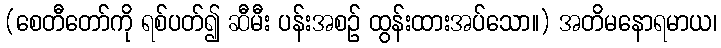
(စေတီတော်ကို ရစ်ပတ်၍ ဆီမီး ပန်းအစဉ် ထွန်းထားအပ်သော။) အတိမနောရမာယ၊